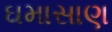
ઘમાસાણ